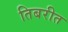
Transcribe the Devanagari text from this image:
तिबरीत